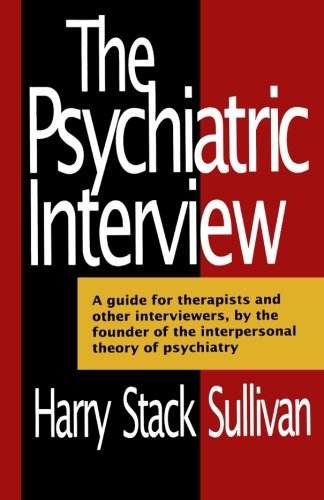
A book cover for The Psychiatric Interview (Norton Library); Harry Stack Sullivan; Medical Books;